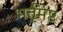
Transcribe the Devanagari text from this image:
भर्तृमेष्ठ